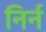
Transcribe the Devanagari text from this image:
निर्न